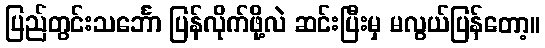
ပြည်တွင်းသင်္ဘော ပြန်လိုက်ဖို့လဲ ဆင်းပြီးမှ မလွယ်ပြန်တော့။